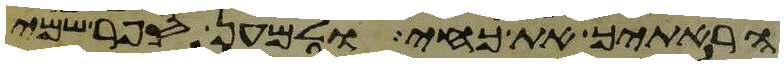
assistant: הראתיך את כחי ולמען ספר שמי